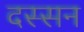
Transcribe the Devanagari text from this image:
दस्सन